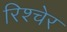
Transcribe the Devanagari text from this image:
रिश्चेर